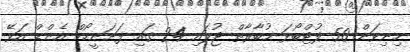
މިނިވަން 50 ފުޓްބޯޅަ މުބާރާތް ޖުލައި 24 ގައި ފަށަނީހޯމް އެންޑް އަވޭ